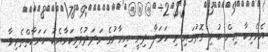
އެމެރިކާ އިން ބުނި ގޮތުގައި މި ހަމަލާ ދިނީ އިރާނުގެ މަދަދުވެރިކަމާއެކު ހަރަކާތްތެރިވާ